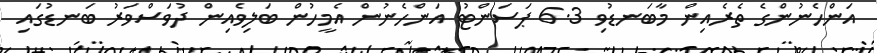
އަންހެނުންގެ ތެރެއިން މާބަނޑުވި 6.3 ޕަސަންޓު އަންހެނުން އެމީހުން ބަލިވެއިން ދުވަސްވަރު ބަނޑުގައި